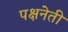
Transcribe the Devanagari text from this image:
पक्षनेती